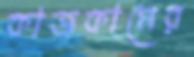
কাজকামের